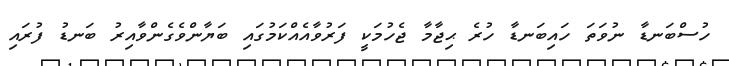
ހުސްބަނޑާ ނުވަތަ ހައިބަނޑާ ހުރެ ޙިޖާމާ ޖެހުމަކީ ފަރުވާއެއްކަމުގައި ބަޔާންވެގެންވާއިރު ބަނޑު ފުރައި